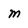
Character: m